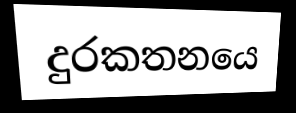
දුරකතනයෙ